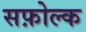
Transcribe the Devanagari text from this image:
सफ़ोल्क